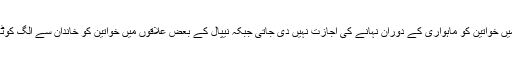
جیسا کہ مڈغاسگر کے بعض علاقوں میں خواتین کو ماہواری کے دوران نہانے کی اجازت نہیں دی جاتی جبکہ نیپال کے بعض علاقوں میں خواتین کو خاندان سے الگ کوٹھری میں رہنے پر مجبور کیا جاتا ہے۔